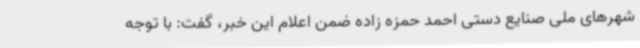
شهرهای ملی صنایع دستی احمد حمزه زاده ضمن اعلام این خبر، گفت: با توجه